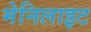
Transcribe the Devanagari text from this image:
मेनिलाइट